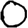
Digit: 0